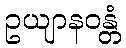
ဥယျာနဝန္တံ